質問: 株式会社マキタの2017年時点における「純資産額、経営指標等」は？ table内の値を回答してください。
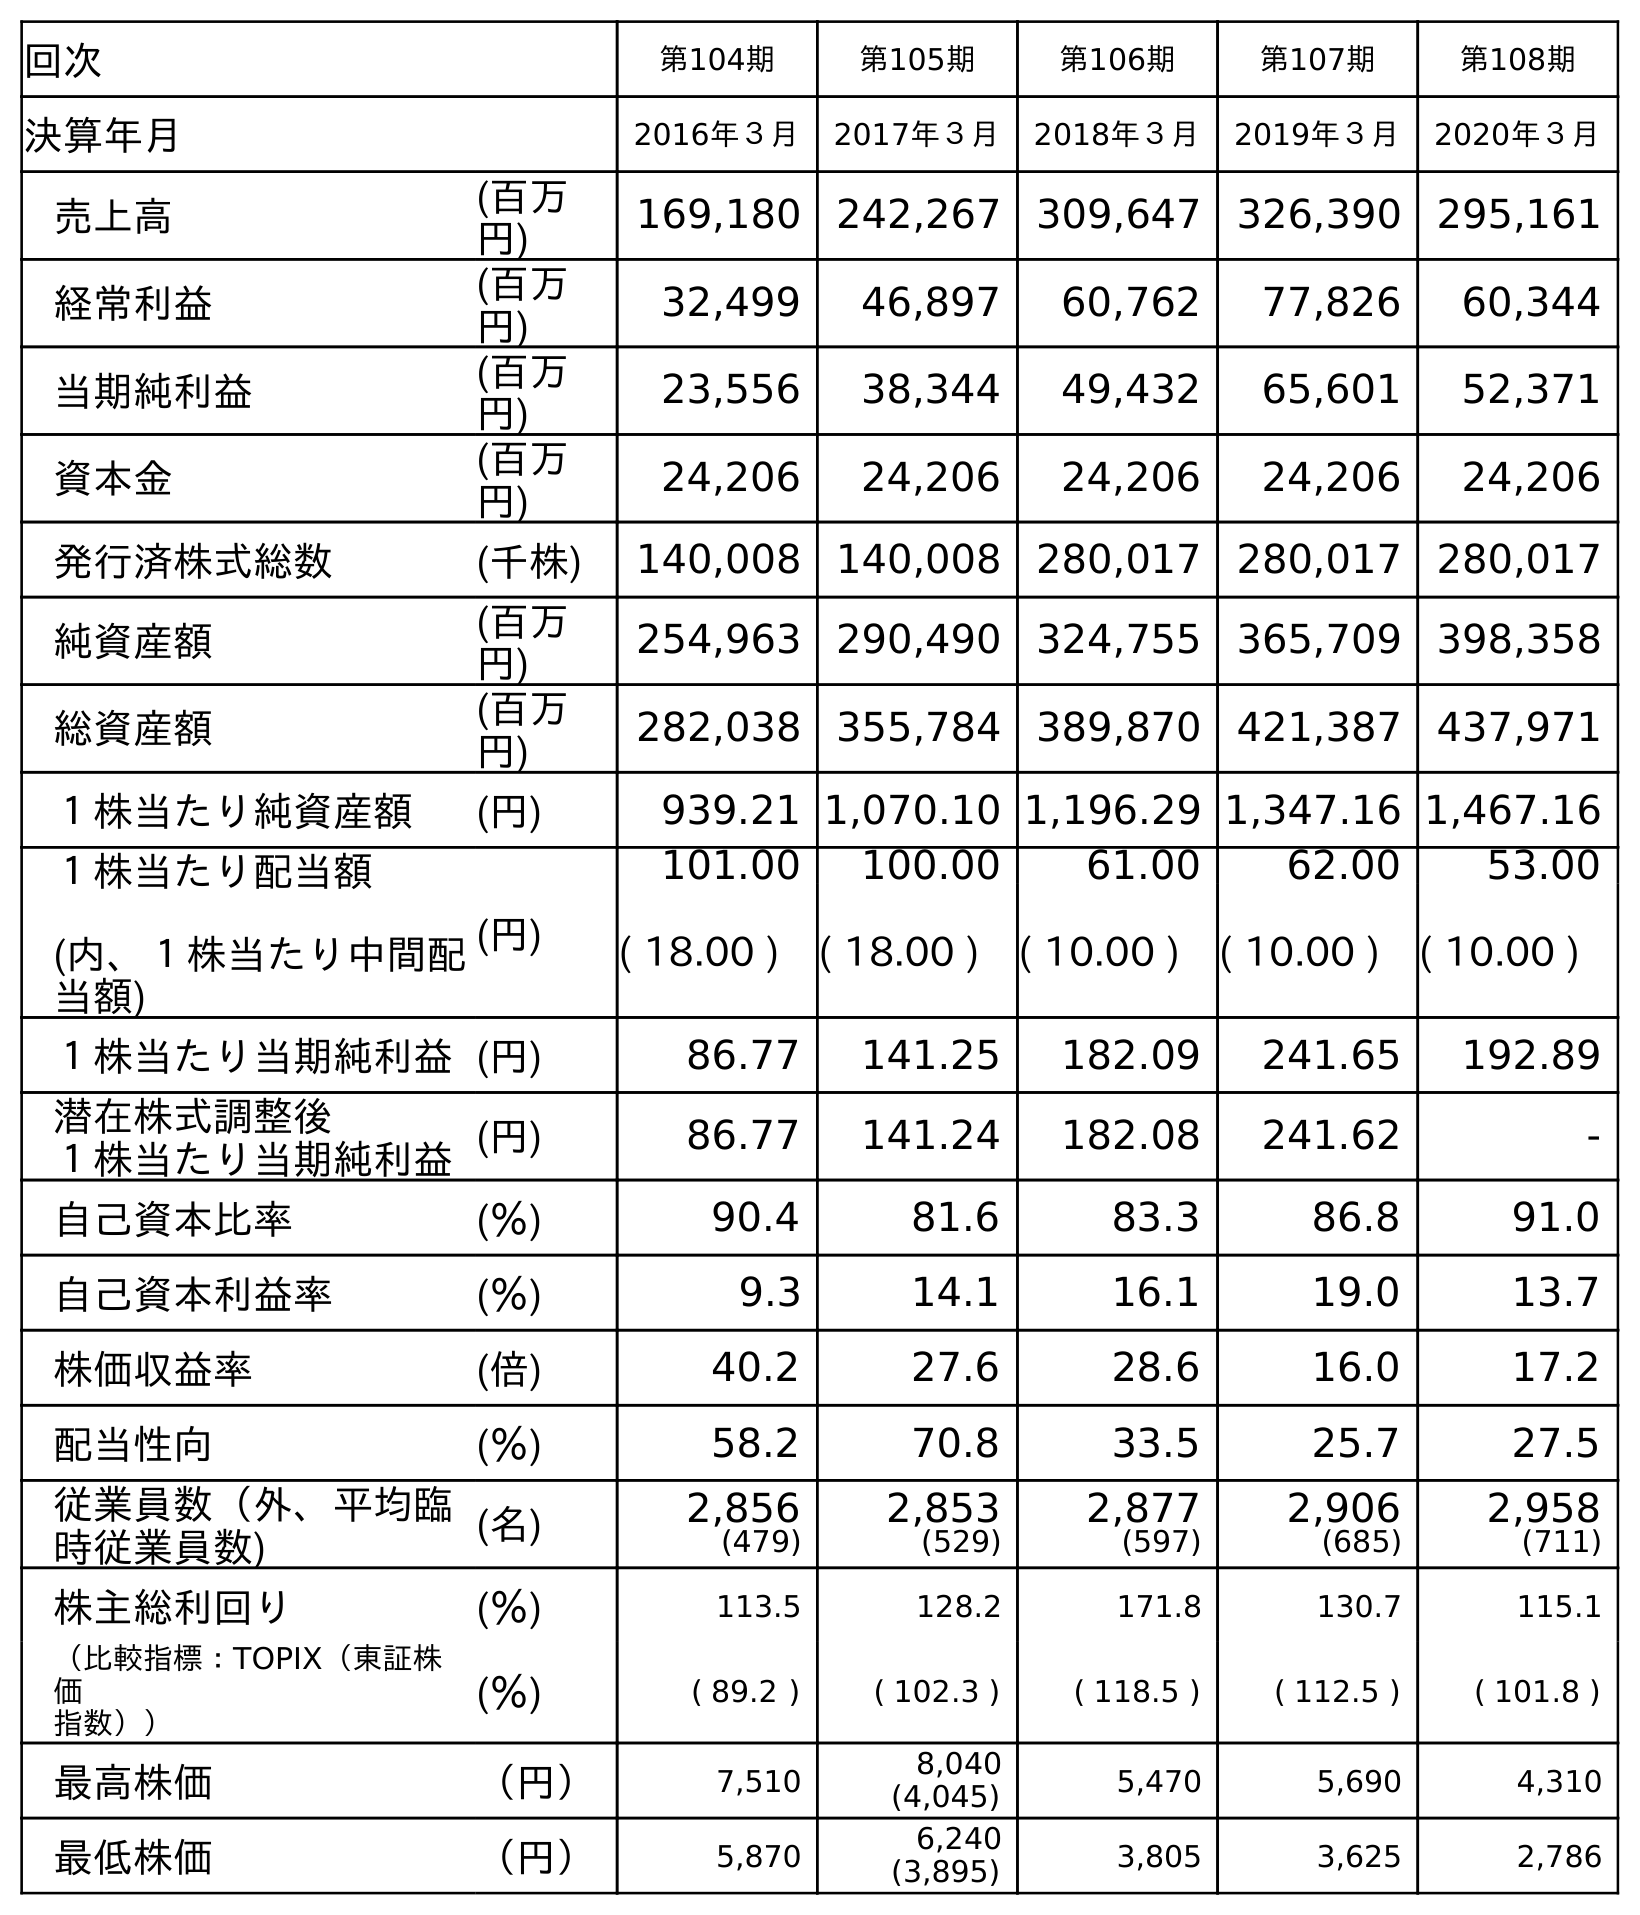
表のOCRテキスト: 回次 第104期 第105期 第106期 第107期 第108期 決算年月 2016年３月 2017年３月 2018年３月 2019年３月 2020年３月 売上高 (百万 円) 169,180 242,267 309,647 326,390 295,161 経常利益 (百万 円) 32,499 46,897 60,762 77,826 60,344 当期純利益 (百万 円) 23,556 38,344 49,432 65,601 52,371 資本金 (百万 円) 24,206 24,206 24,206 24,206 24,206 発行済株式総数 (千株) 140,008 140,008 280,017 280,017 280,017 純資産額 (百万 円) 254,963 290,490 324,755 365,709 398,358 総資産額 (百万 円) 282,038 355,784 389,870 421,387 437,971 １株当たり純資産額 (円) 939.21 1,070.10 1,196.29 1,347.16 1,467.16 １株当たり配当額 (内、１株当たり中間配 当額) (円) 101.00 100.00 61.00 62.00 53.00 ( 18.00 ) ( 18.00 ) ( 10.00 ) ( 10.00 ) ( 10.00 ) １株当たり当期純利益(円) 86.77 141.25 182.09 241.65 192.89 潜在株式調整後 １株当たり当期純利益(円) 86.77 141.24 182.08 241.62 - 自己資本比率 (％) 90.4 81.6 83.3 86.8 91.0 自己資本利益率 (％) 9.3 14.1 16.1 19.0 13.7 株価収益率 (倍) 40.2 27.6 28.6 16.0 17.2 配当性向 (％) 58.2 70.8 33.5 25.7 27.5 従業員数（外、平均臨 時従業員数) (名) 2,856 (479) 2,853 (529) 2,877 (597) 2,906 (685) 2,958 (711) 株主総利回り (％) 113.5 128.2 171.8 130.7 115.1 （比較指標：TOPIX（東証株 価 指数）） (％) ( 89.2 ) ( 102.3 ) ( 118.5 ) ( 112.5 ) ( 101.8 ) 最高株価 （円） 7,510 8,040 (4,045) 5,470 5,690 4,310 最低株価 （円） 5,870 6,240 (3,895) 3,805 3,625 2,786
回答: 290,490